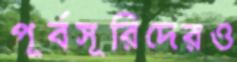
পূর্বসূরিদেরও